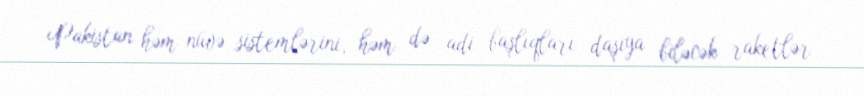
Pakistan həm nüvə sistemlərini, həm də adi başlıqları daşıya biləcək raketlər